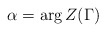
\begin{align*} \alpha = \arg Z(\Gamma)\end{align*}